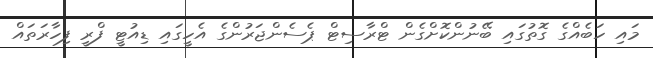
މައި ހަބެއްގެ ގޮތުގައި ބޭނުންކޮށްގެން ޓްރާސިޓް ޕެސެންޖަރުންގެ އެހީގައި ޑިއުޓީ ފްރީ ފިހާރަތައް